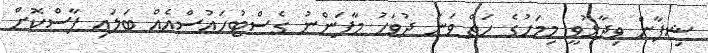
ޝިފާން ވިދާޅުވީ މިމަހުގެ ހަތް ވަނަ ދުވަހު މާފަންނު ގެސްޓުހައުސްއެއް ބަލައި ފާސްކޮށް